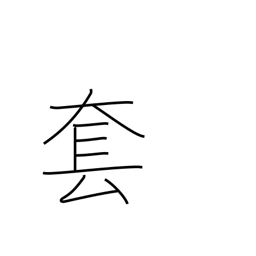
Meaning: hackneyed